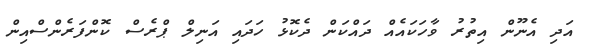
އަދި އެނޫން އިތުރު ވާހަކައެއް ދައްކަން ދެކޮޅު ހަދައި އަނިލް ޕްރެސް ކޮންފަރެންސްއިން